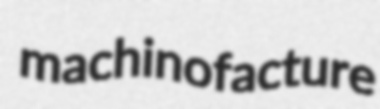
machinofacture